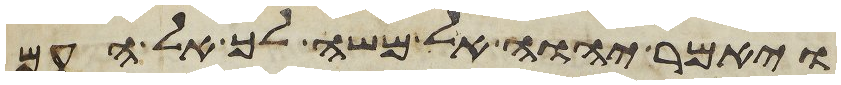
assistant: ויאמר יהוה אל משה לך אל העם